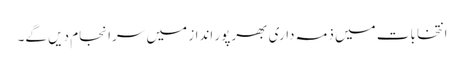
انتخابات میں ذمہ داری بھرپور انداز میں سرانجام دیں گے۔